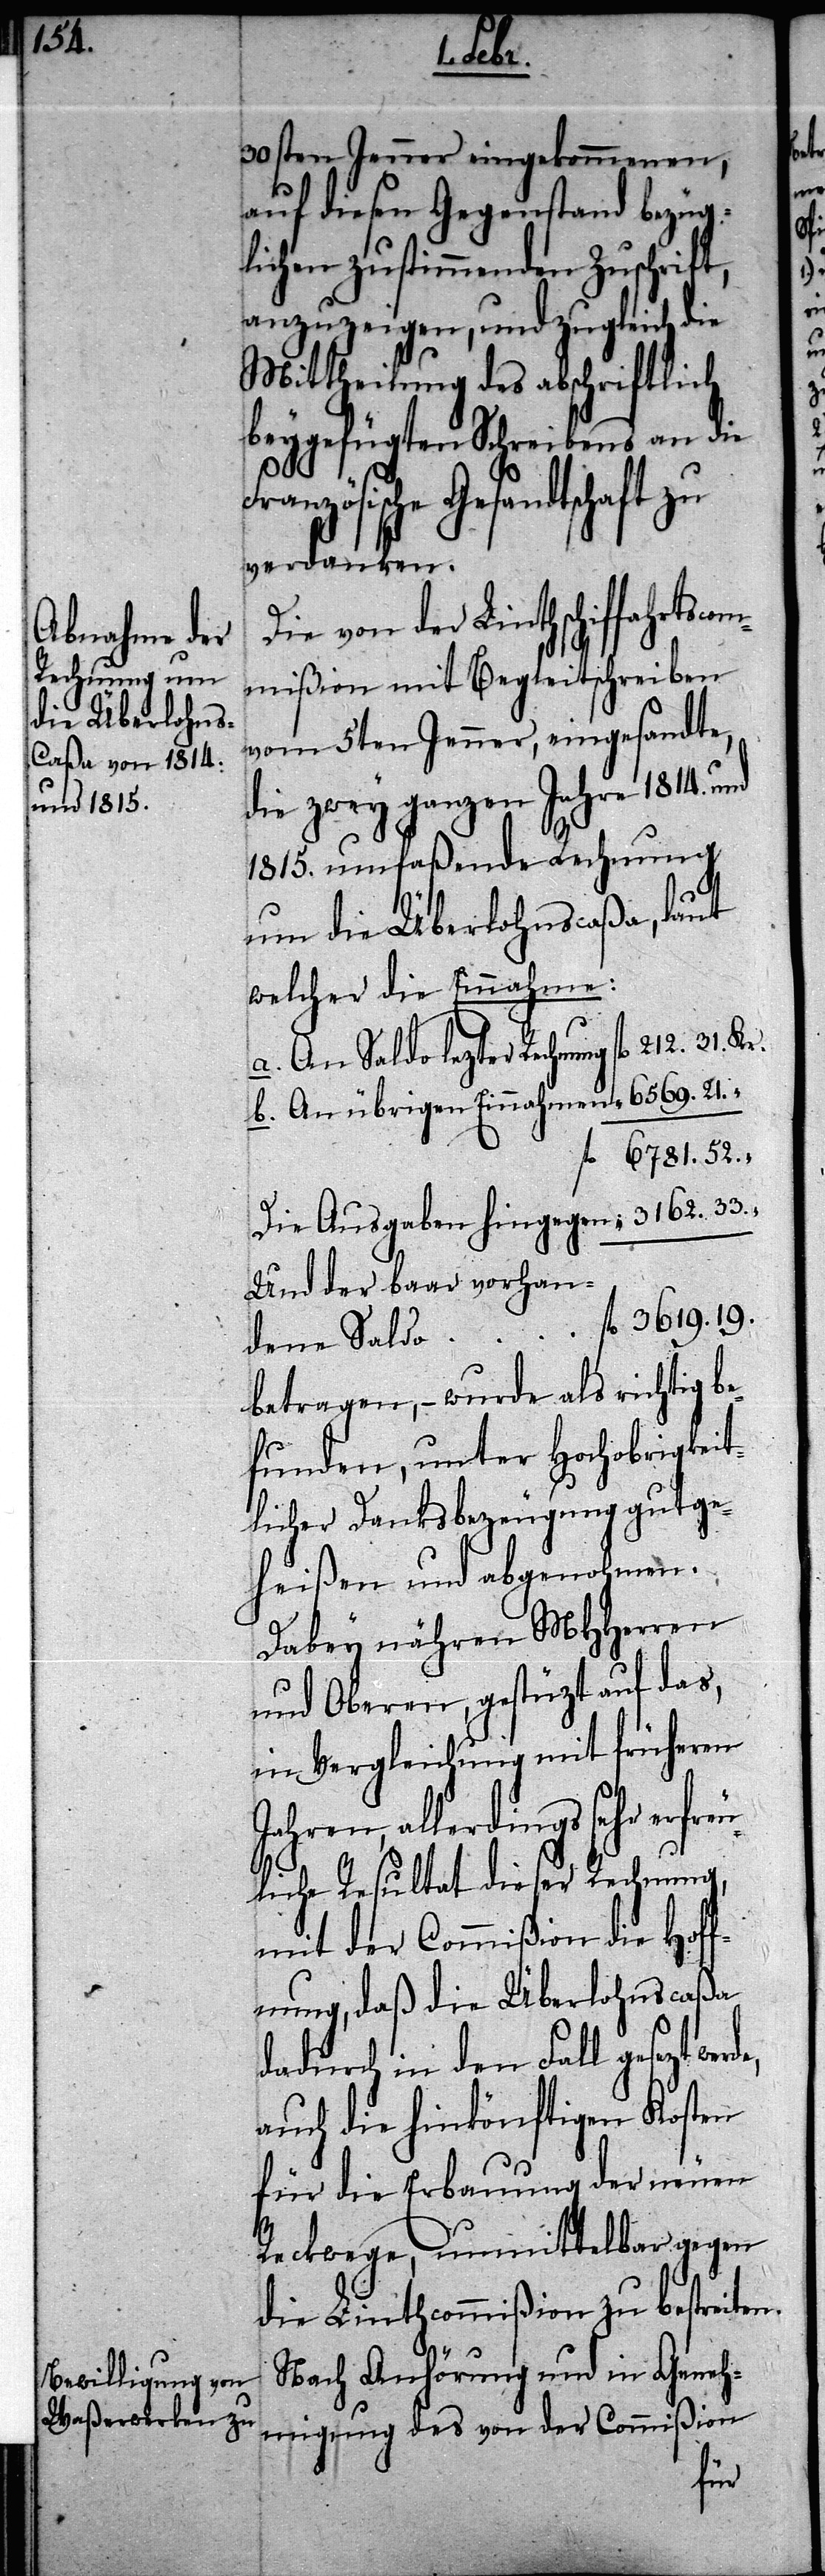
30sten Jenner eingekommenen,
auf diesen Gegenstand bezüg¬
lichen zustimmenden Zuschrift,
anzuzeigen, und zugleich die
Mittheilung des abschriftlich
beygefügten Schreibens an die
31.
ranzösische Gesandtschaft zu
verdanken.
Die von der Linthschiffahrtsco¬
mmißion mit Begleitschreiben
vom 5ten Jenner, eingesandte,
die zwey ganzen Jahre 1814. und
1815. umfaßende Rechnung
um die Überlohnscaßa, laut
welcher die Einnahme:
a. An Saldo letzter Rechnung 		fl. 	 212.
b. An übrigen Einnahmen		“	6569. 21. “
fl.	6781. 52.
Die Ausgaben hingegen 		“	3162. 33.
Und der baar vorhan¬
dene Saldo		fl. 	3619. 19.
betragen, – wurde als richtig be¬
funden, unter Hochobrigkeit¬
licher Danksbezeugung gutge¬
heißen und abgenohmen.
Dabey nähren MHHerren
und Oberen, gestüzt auf das,
in Vergleichung mit früheren
de,
Jahren, allerdings sehr erfr¬
liche Resultat dieser Rechnung,
mit der Commißion die Hoff¬
nung, daß die Überlohnscaßa
dadurch in den Fall gesezt wer¬
auch die hinkönftigen Kosten
für die Erbauung der neuen
Reckwege, unmittelbar gegen
die Linthcommißion zu bestreiten.
Nach Anhörung und in Geneh¬
migung des von der Commißion